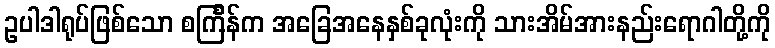
ဥပါဒါရုပ်ဖြစ်သော စင်္ကြန်က အခြေအနေနှစ်ခုလုံးကို သားအိမ်အားနည်းရောဂါတို့ကို